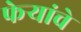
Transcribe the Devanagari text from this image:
फेर्‍यांचे